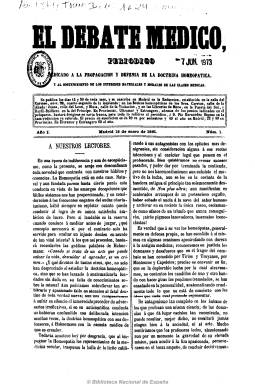
Título: El Debate médico
Colección: Homeopatía
Ámbito geográfico: Madrid
Lugar de publicación: Madrid
Fechas: 15/01/1861-31/12/1861

Como su subtítulo indica, es un “periódico dedicado a la propagación y defensa de la doctrina homeopática y al sostenimiento de los intereses materiales y morales de las clases médicas”. Apareció quincenalmente en números de ocho páginas para “sostener una cuestión de honra científica” para los discípulos españoles de Samuel Hahnemann en un periodo de fuertes controversias con sus compañeros alopáticos o continuadores de la medicina tradicional, pero también entre los propios homeópatas. Incluye artículos doctrinales y clínicos, así como una revista de prensa nacional y extranjera, una sección oficial con legislación sobre la materia, otra de variedades y otra de revistas académicas profesionales. Su editor responsable es Dionisio S. Martín; su director, Zoilo Pérez y García, y su responsable de redacción, Fermín Vidapilleta. Comenzó a editarse en 1861, y al finalizar este año este grupo debió unirse a la Sociedad Hahnemanniana Matritense, presidida por Joaquín Hysern, que venía editando El criterio médico (Madrid: 1860-1889).